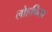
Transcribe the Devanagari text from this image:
लोहविद्या